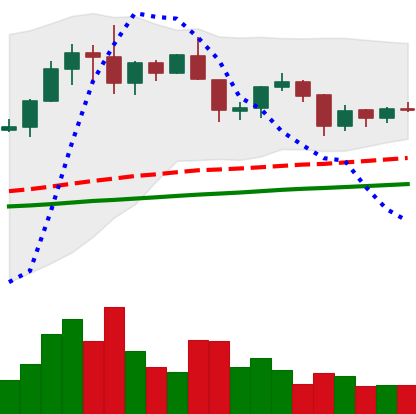
Ticker: XRP-USD
Chart end date: 2019-06-13
Forward return: 6.953%
Label: up_5_7